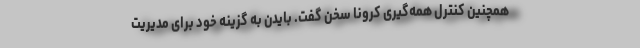
همچنین کنترل همه‌گیری کرونا سخن گفت. بایدن به گزینه خود برای مدیریت